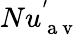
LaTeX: Nu_{\mathrm{~a~v~}}^{'}